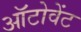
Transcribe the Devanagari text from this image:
ऑटोवेंट